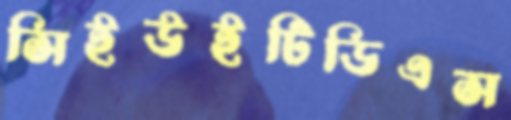
সিইউইটিডিএস